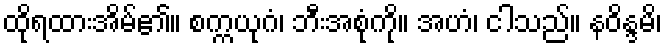
ထိုရထားအိမ်၏။ စက္ကယုဂံ၊ ဘီးအစုံကို။ အဟံ၊ ငါသည်။ နဝိန္ဒမိ၊